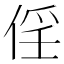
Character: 𠉰